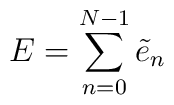
E = \sum_{n=0}^{N-1} \tilde{e}_{n}